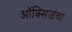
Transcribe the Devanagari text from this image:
ऑक्सिजंचा